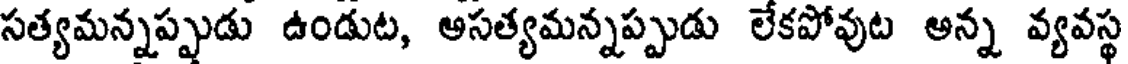
సత్యమన్నప్పుడు ఉండుట, అసత్యమన్నప్పుడు లేకపోవుట అన్న వ్యవస్థ